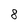
Character: 8